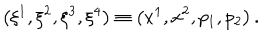
\left( \xi ^ { 1 } , \xi ^ { 2 } , \xi ^ { 3 } , \xi ^ { 4 } \right) \equiv \left( x ^ { 1 } , x ^ { 2 } , p _ { 1 } , p _ { 2 } \right) .